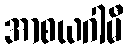
အာစယဂါမီ